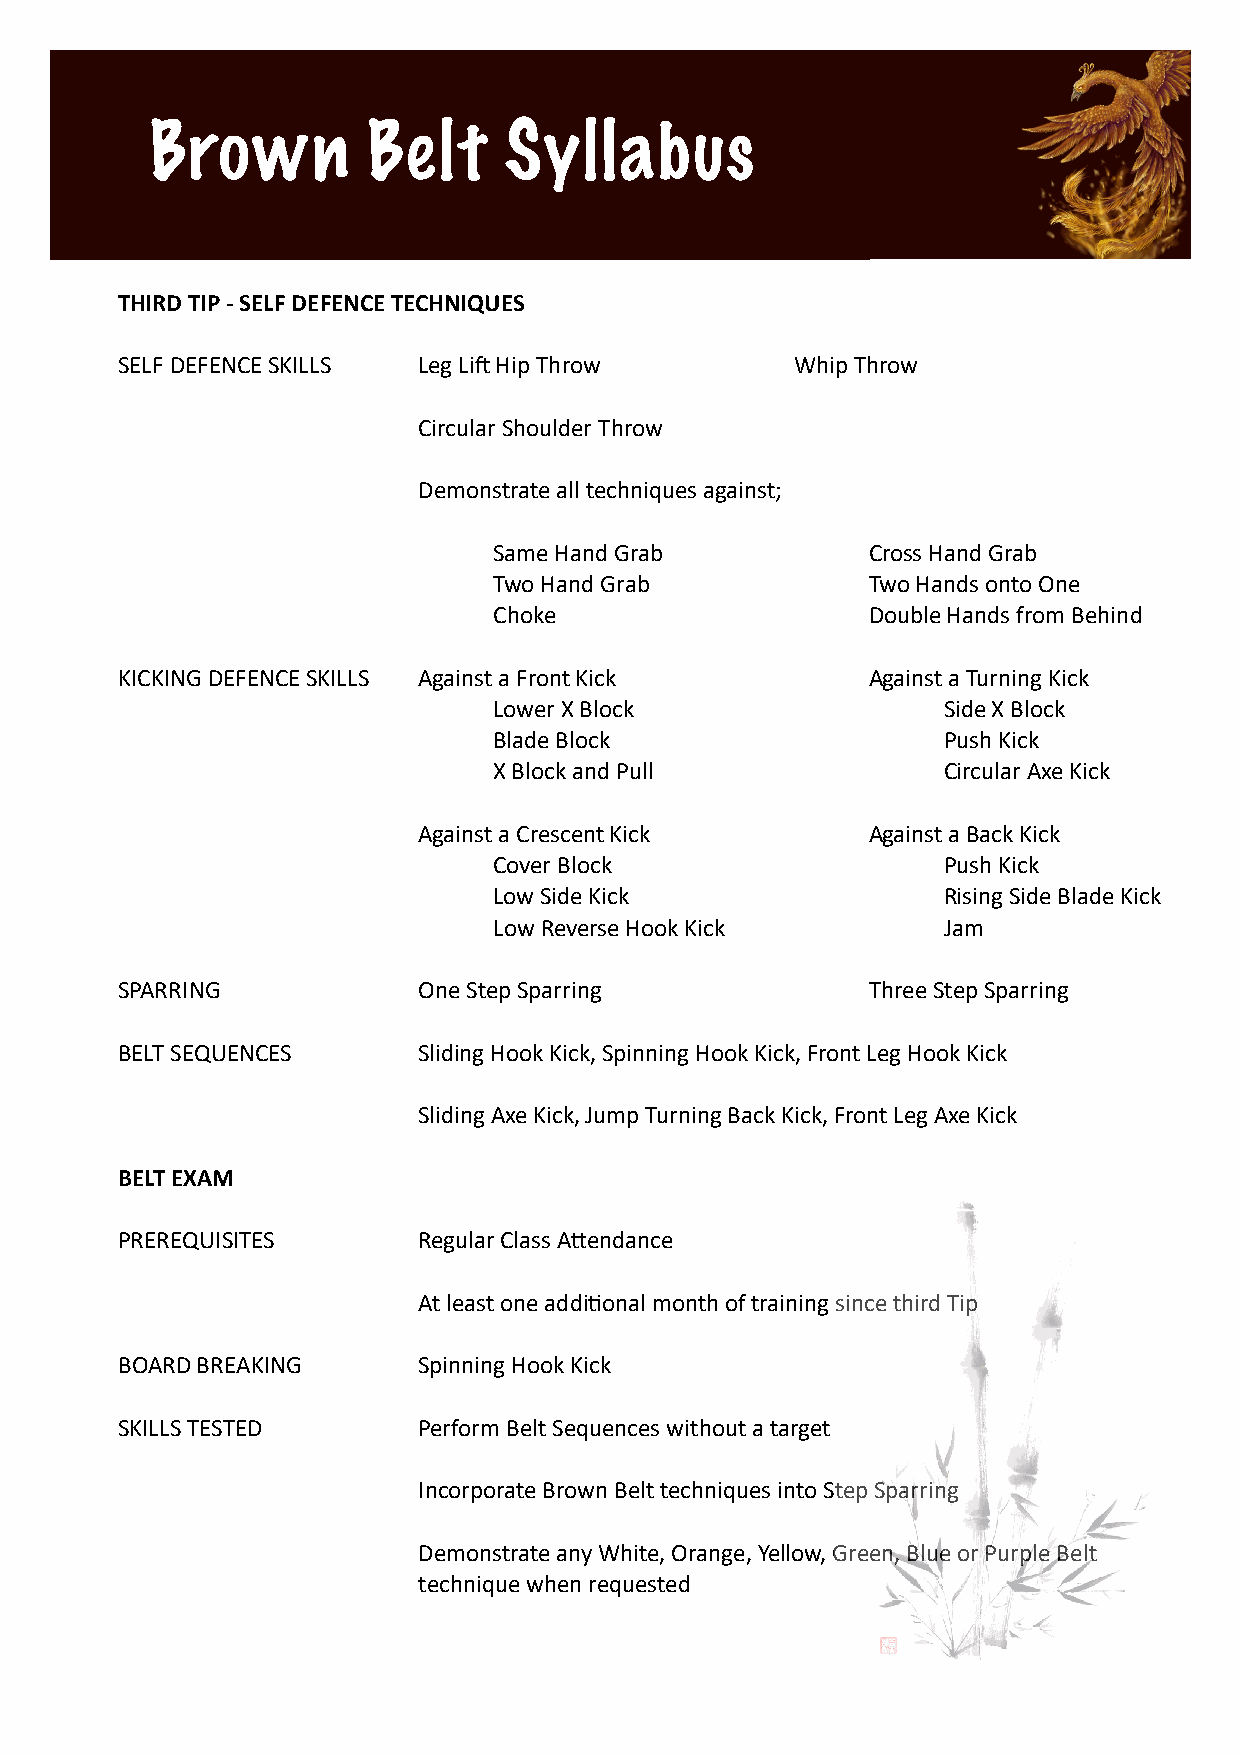
Brown         Belt     Syllabus
 THIRD TIP - SELF DEFENCE TECHNIQUES
 SELF DEFENCE SKILLS Leg LiL Hip Throw        Whip Throw
 Circular Shoulder Throw
 Demonstrate all techniques against;
 Same Hand Grab          Cross Hand Grab
 Two Hand Grab           Two Hands onto One
 Choke                   Double Hands from Behind
 KICKING DEFENCE SKILLS Against a Front Kick      Against a Turning Kick
 Lower X Block                Side X Block
 Blade Block                  Push Kick
 X Block and Pull             Circular Axe Kick
 Against a Crescent Kick      Against a Back Kick
 Cover Block                  Push Kick
 Low Side Kick                Rising Side Blade Kick
 Low Reverse Hook Kick        Jam
 SPARRING            One Step Sparring            Three Step Sparring
 BELT SEQUENCES      Sliding Hook Kick, Spinning Hook Kick, Front Leg Hook Kick
 Sliding Axe Kick, Jump Turning Back Kick, Front Leg Axe Kick
 BELT EXAM
 PREREQUISITES       Regular Class AWendance
 At least one addiSonal month of training since third Tip
 BOARD BREAKING      Spinning Hook Kick
 SKILLS TESTED       Perform Belt Sequences without a target
 Incorporate Brown Belt techniques into Step Sparring
 Demonstrate any White, Orange, Yellow, Green, Blue or Purple Belt
 technique when requested